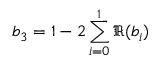
b _ { 3 } = 1 - 2 \sum _ { i = 0 } ^ { 1 } \Re ( b _ { i } )